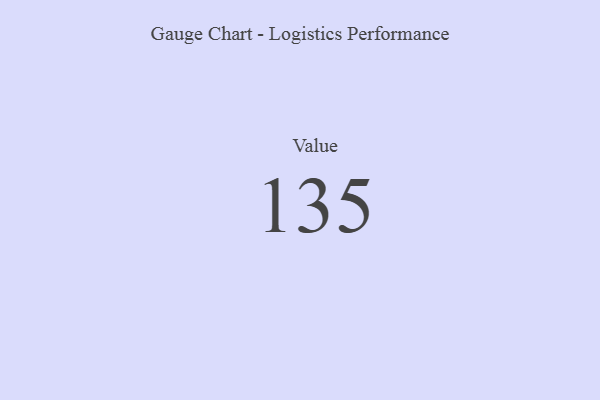
{"axis": {"x": "Metric", "y": "Value"}, "legend": [""], "data": [{"x": "Value", "y": 135, "type": ""}]}